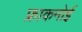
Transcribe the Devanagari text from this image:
फ्राकनोई